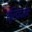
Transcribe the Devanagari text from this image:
त्रिवंदरम